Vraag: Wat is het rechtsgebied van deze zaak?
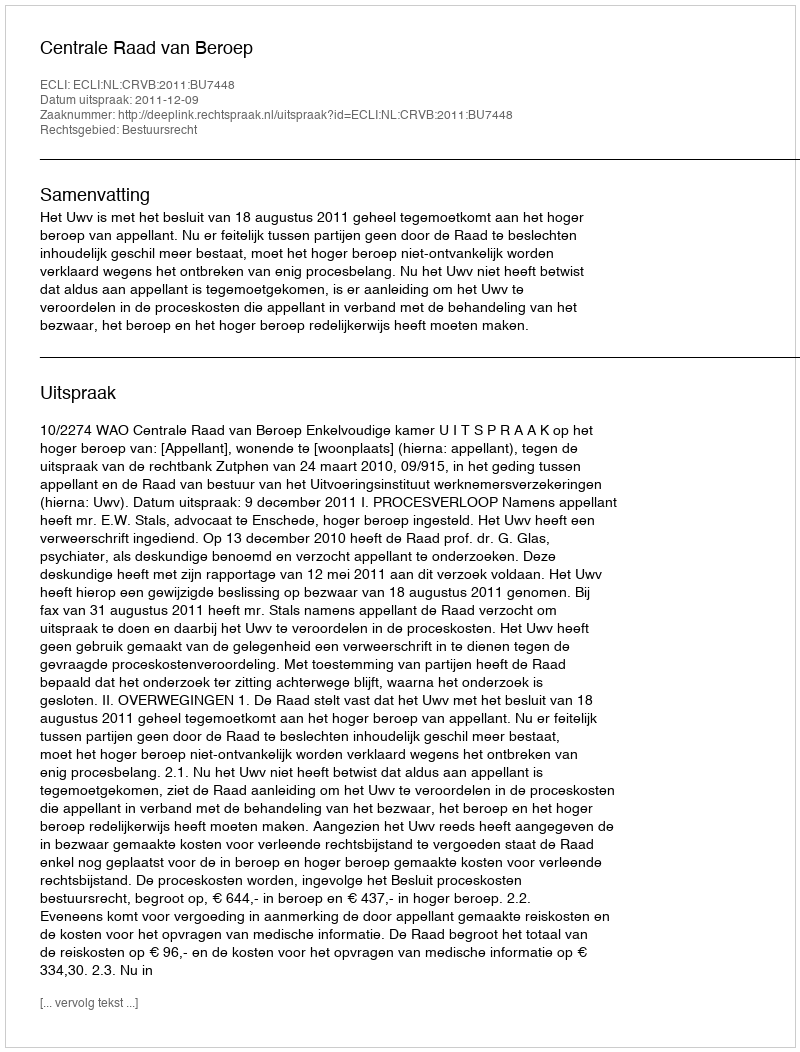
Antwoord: Bestuursrecht